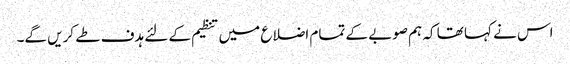
اس نے کہا تھا کہ ہم صوبے کے تمام اضلاع میں تنظیم کے لئے ہدف طے کریں گے۔